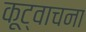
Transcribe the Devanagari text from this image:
कूट्वाचना